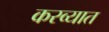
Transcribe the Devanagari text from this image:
करव्यात